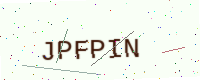
Text: JPFPIN